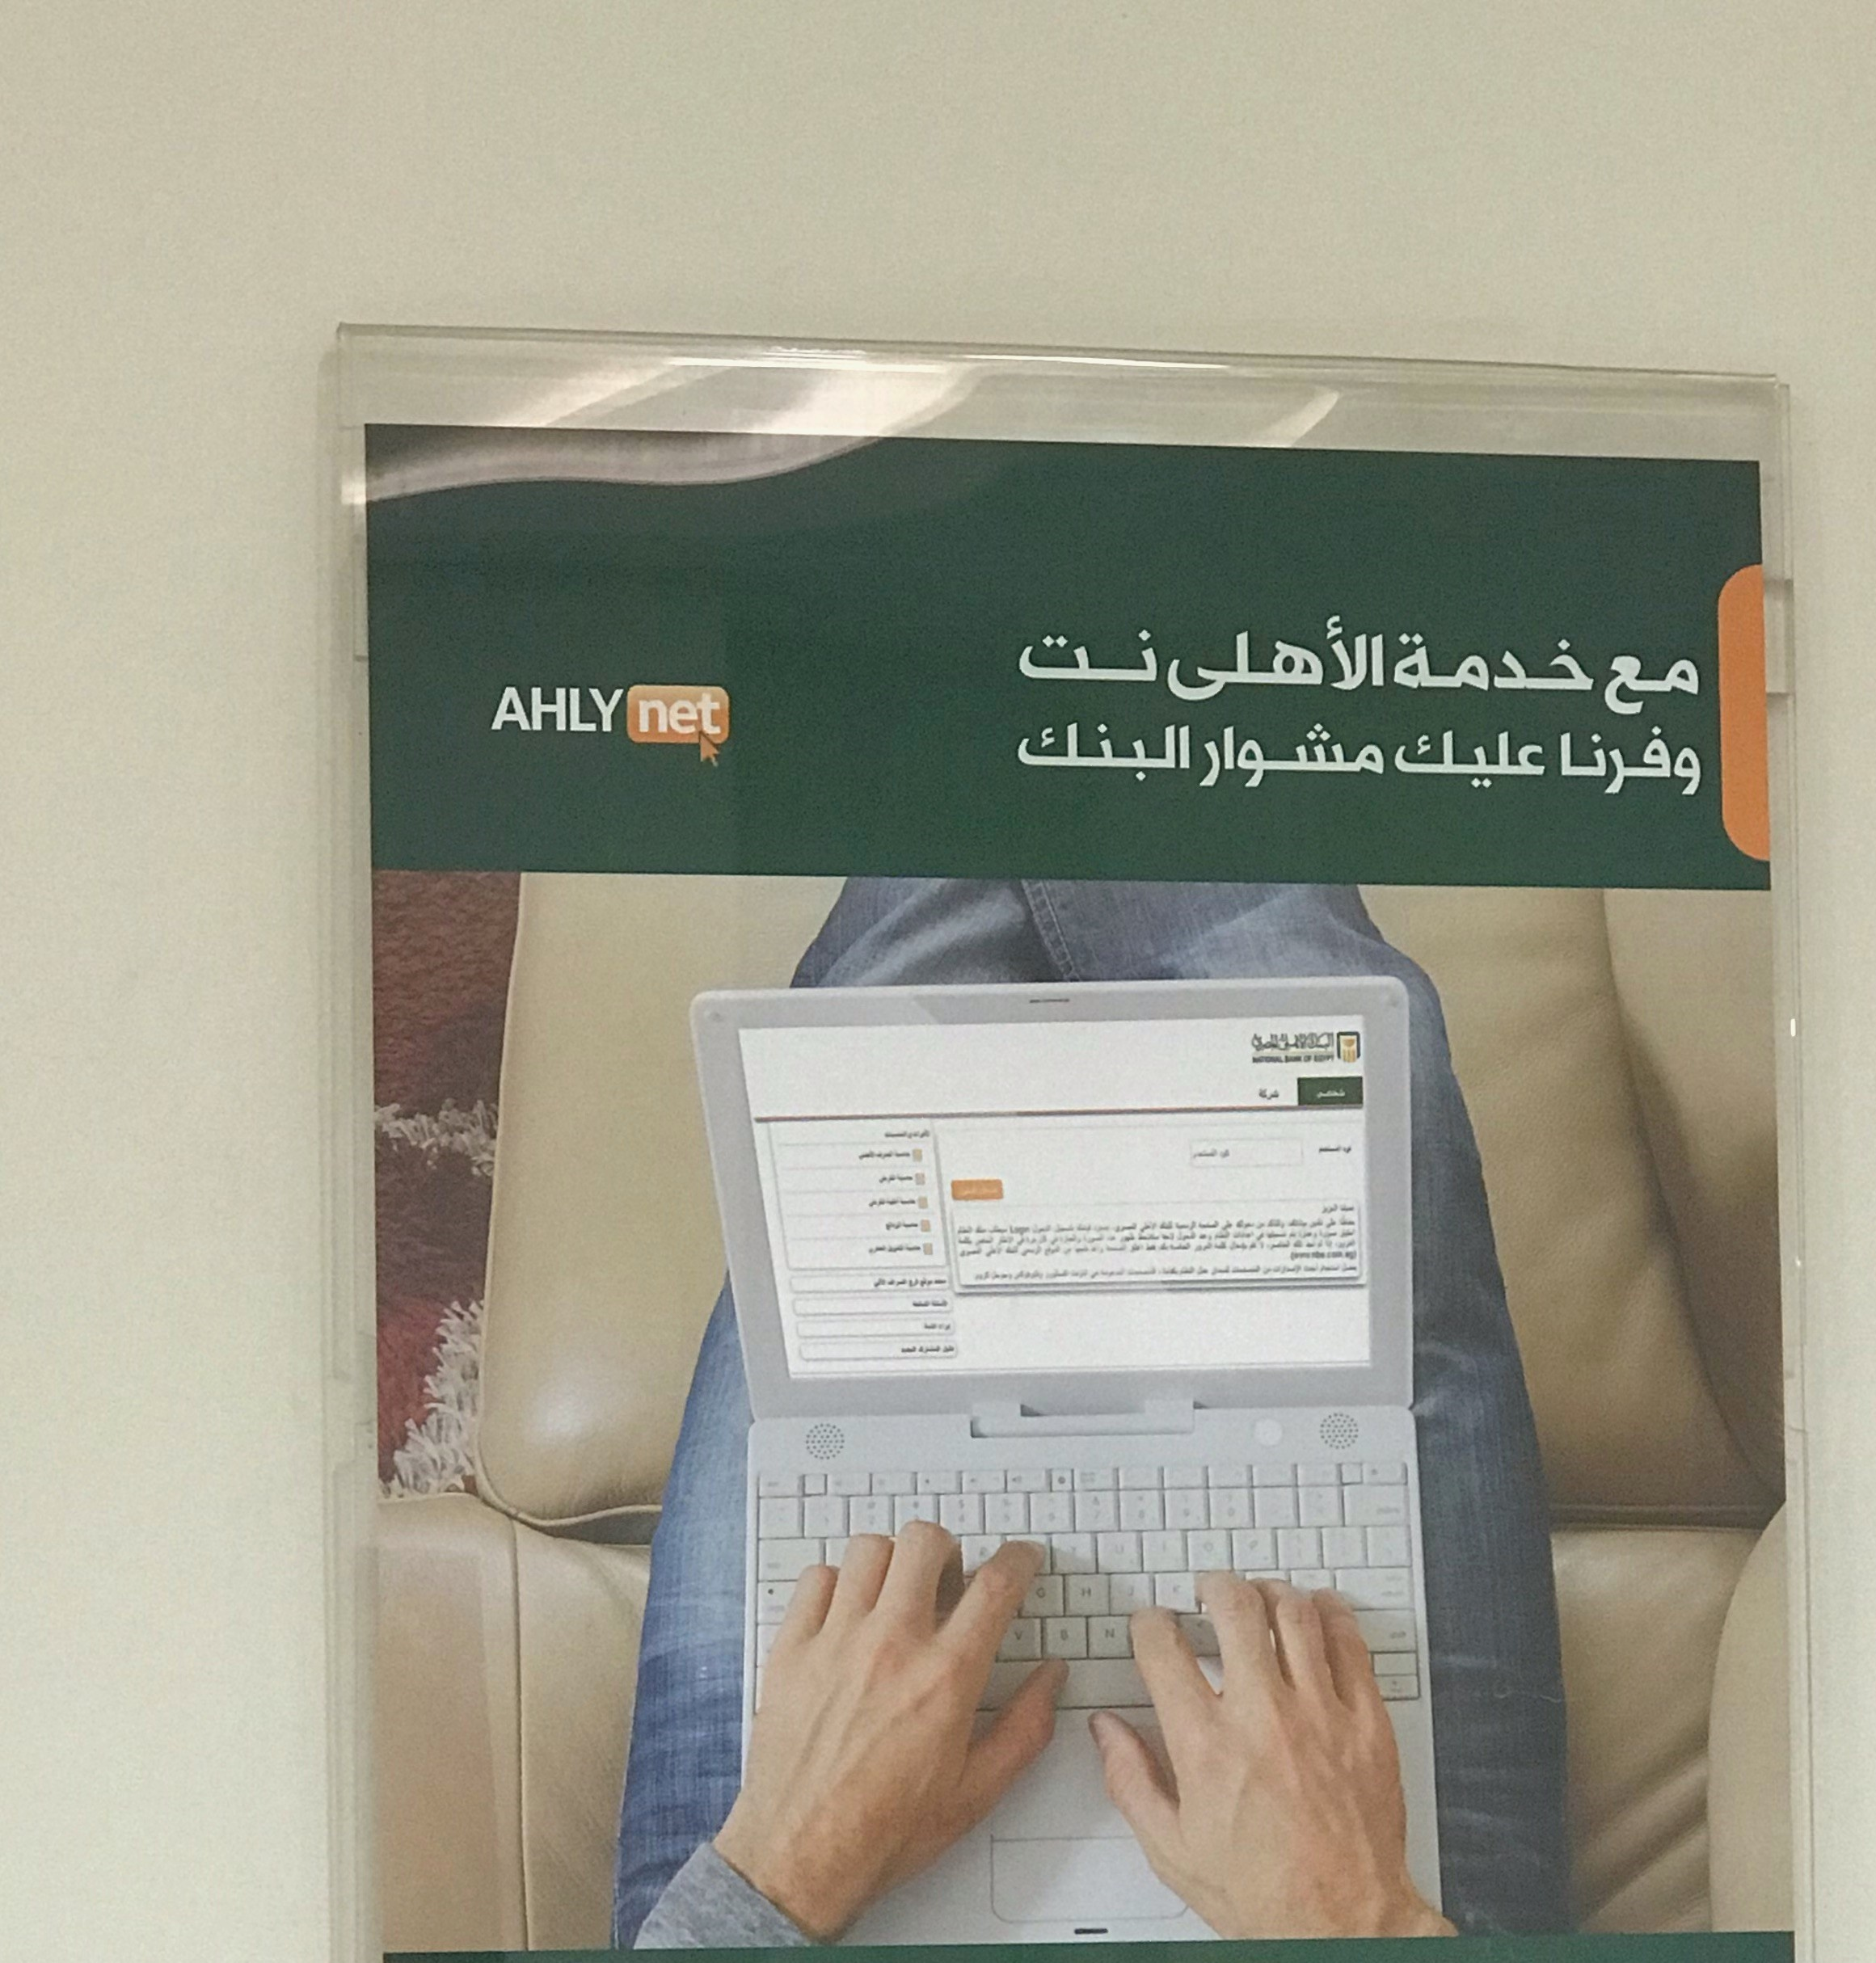
Text in image: نت الأهلى خدمة مع البنك مشوار عليك وفرنا AHLY net